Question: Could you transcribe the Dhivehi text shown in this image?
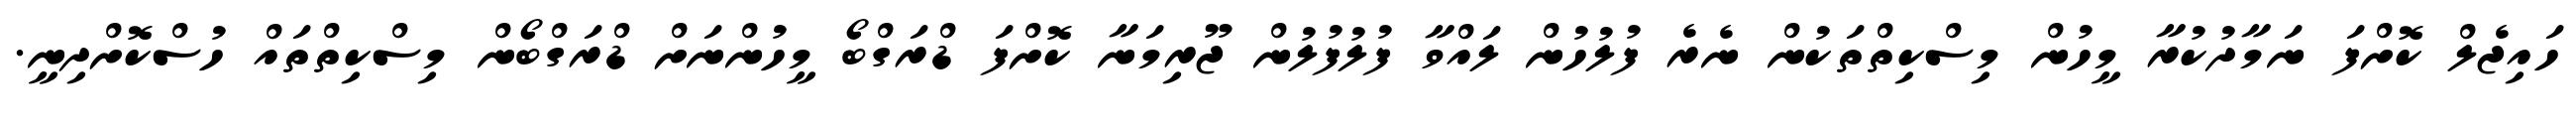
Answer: ހައިޖެލް ކޮށްފަ ނަމާދުކުރާ މީހުން މިސްކިތްތަކުން ނެރެ ފުލުހުން ލައްވާ ފުލުފުލުން ޖޫރިމަނާ ކޮށްފަ ޑްރަގްބޯ މީހުންނަށް ޑްރަގްބޯން މިސްކިތްތައް ހުސްކޮށްދިނީ.